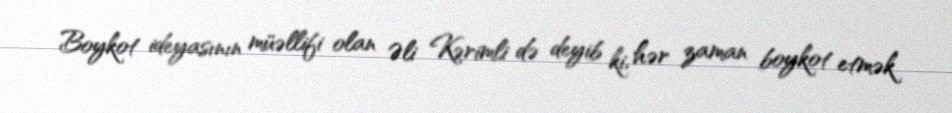
Boykot ideyasının müəllifi olan Əli Kərimli də deyib ki, hər zaman boykot etmək